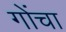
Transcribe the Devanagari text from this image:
गोंचा